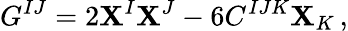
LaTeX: G^{IJ}=2\mathbf{X}^{I}\mathbf{X}^{J}-6C^{IJK}\mathbf{X}_{K}\, ,